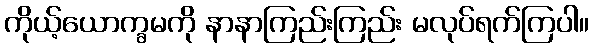
ကိုယ့်ယောက္ခမကို နာနာကြည်းကြည်း မလုပ်ရက်ကြပါ။